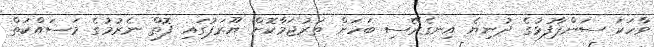
ވާހަކަ ސަންޕާފުޅުގެ ދުނިޔެ އިނގެރޭސި ބަހަށް ތަރުޖަމާކޮށް ޔޫރަޕުގައި ފޮތް ނެރުމުގެ މަސައްކަތް